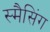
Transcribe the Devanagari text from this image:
स्मैसिंग